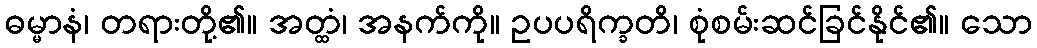
ဓမ္မာနံ၊ တရားတို့၏။ အတ္ထံ၊ အနက်ကို။ ဥပပရိက္ခတိ၊ စုံစမ်းဆင်ခြင်နိုင်၏။ သော